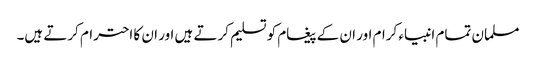
مسلمان تمام انبیاء کرام اور ان کے پیغام کو تسلیم کرتے ہیں اور ان کا احترام کرتے ہیں۔